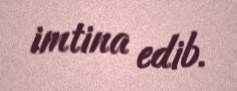
imtina edib.